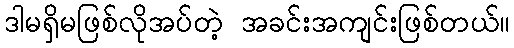
ဒါမရှိမဖြစ်လိုအပ်တဲ့ အခင်းအကျင်းဖြစ်တယ်။